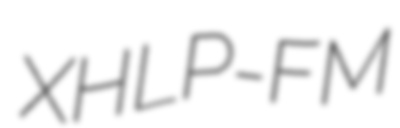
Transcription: XHLP-FM